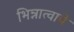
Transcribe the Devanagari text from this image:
भिन्नात्वाचे